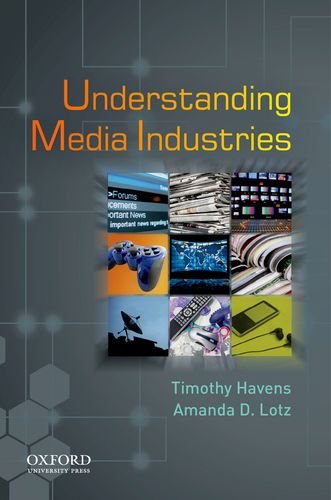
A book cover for Understanding Media Industries; Timothy Havens; Business & Money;